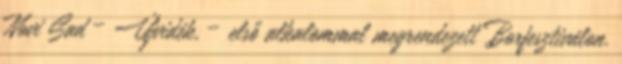
Novi Sad – Újvidék, – első alkalommal megrendezett Borfesztiválon.